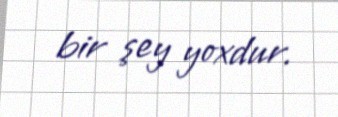
bir şey yoxdur.